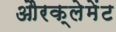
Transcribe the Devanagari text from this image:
औरक्लेमेंट